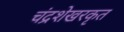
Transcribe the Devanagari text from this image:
चंद्रशेखरकृत